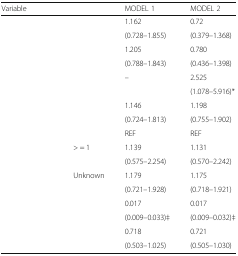
<table><thead><tr><td><b>Variable</b></td><td>[EMPTY_CELL]</td><td><b>MODEL 1</b></td><td><b>MODEL 2</b></td></tr></thead><tbody><tr><td>[EMPTY_CELL]</td><td>[EMPTY_CELL]</td><td>1.162</td><td>0.72</td></tr><tr><td>[EMPTY_CELL]</td><td>[EMPTY_CELL]</td><td>(0.728–1.855)</td><td>(0.379–1.368)</td></tr><tr><td>[EMPTY_CELL]</td><td>[EMPTY_CELL]</td><td>1.205</td><td>0.780</td></tr><tr><td>[EMPTY_CELL]</td><td>[EMPTY_CELL]</td><td>(0.788–1.843)</td><td>(0.436–1.398)</td></tr><tr><td>[EMPTY_CELL]</td><td>[EMPTY_CELL]</td><td>–</td><td>2.525</td></tr><tr><td>[EMPTY_CELL]</td><td>[EMPTY_CELL]</td><td>[EMPTY_CELL]</td><td>(1.078–5.916)*</td></tr><tr><td>[EMPTY_CELL]</td><td>[EMPTY_CELL]</td><td>1.146</td><td>1.198</td></tr><tr><td>[EMPTY_CELL]</td><td>[EMPTY_CELL]</td><td>(0.724–1.813)</td><td>(0.755–1.902)</td></tr><tr><td>[EMPTY_CELL]</td><td>[EMPTY_CELL]</td><td>REF</td><td>REF</td></tr><tr><td>[EMPTY_CELL]</td><td>&gt; = 1</td><td>1.139</td><td>1.131</td></tr><tr><td>[EMPTY_CELL]</td><td>[EMPTY_CELL]</td><td>(0.575–2.254)</td><td>(0.570–2.242)</td></tr><tr><td>[EMPTY_CELL]</td><td>Unknown</td><td>1.179</td><td>1.175</td></tr><tr><td>[EMPTY_CELL]</td><td>[EMPTY_CELL]</td><td>(0.721–1.928)</td><td>(0.718–1.921)</td></tr><tr><td>[EMPTY_CELL]</td><td>[EMPTY_CELL]</td><td>0.017</td><td>0.017</td></tr><tr><td>[EMPTY_CELL]</td><td>[EMPTY_CELL]</td><td>(0.009–0.033)‡</td><td>(0.009–0.032)‡</td></tr><tr><td>[EMPTY_CELL]</td><td>[EMPTY_CELL]</td><td>0.718</td><td>0.721</td></tr><tr><td>[EMPTY_CELL]</td><td>[EMPTY_CELL]</td><td>(0.503–1.025)</td><td>(0.505–1.030)</td></tr></tbody></table>